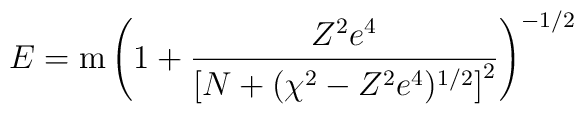
E={\rm m}\left( 1+\frac{Z^2e^4}{\left[ N+(\chi^2-Z^2e^4)^{1/2}\right] ^2}\right) ^{-1/2}